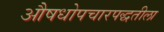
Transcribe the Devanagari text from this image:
औषधोपचारपद्धतीला